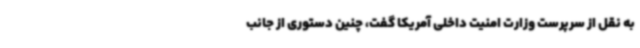
به نقل از سرپرست وزارت امنیت داخلی آمریکا گفت، چنین دستوری از جانب